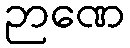
ဉာဏေ